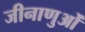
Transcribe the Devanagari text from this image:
जीनाणुओं